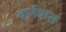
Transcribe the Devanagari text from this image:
बार्नबास